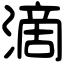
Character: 滴